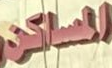
المساكن